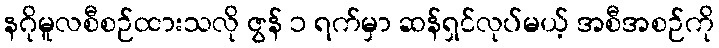
နဂိုမူလစီစဉ်ထားသလို ဇွန် ၁ ရက်မှာ ဆန်ရှင်လုပ်မယ့် အစီအစဉ်ကို